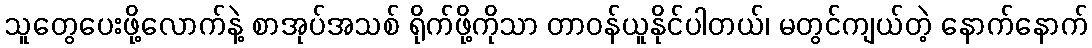
သူတွေပေးဖို့လောက်နဲ့ စာအုပ်အသစ် ရိုက်ဖို့ကိုသာ တာဝန်ယူနိုင်ပါတယ်၊ မတွင်ကျယ်တဲ့ နောက်နောက်